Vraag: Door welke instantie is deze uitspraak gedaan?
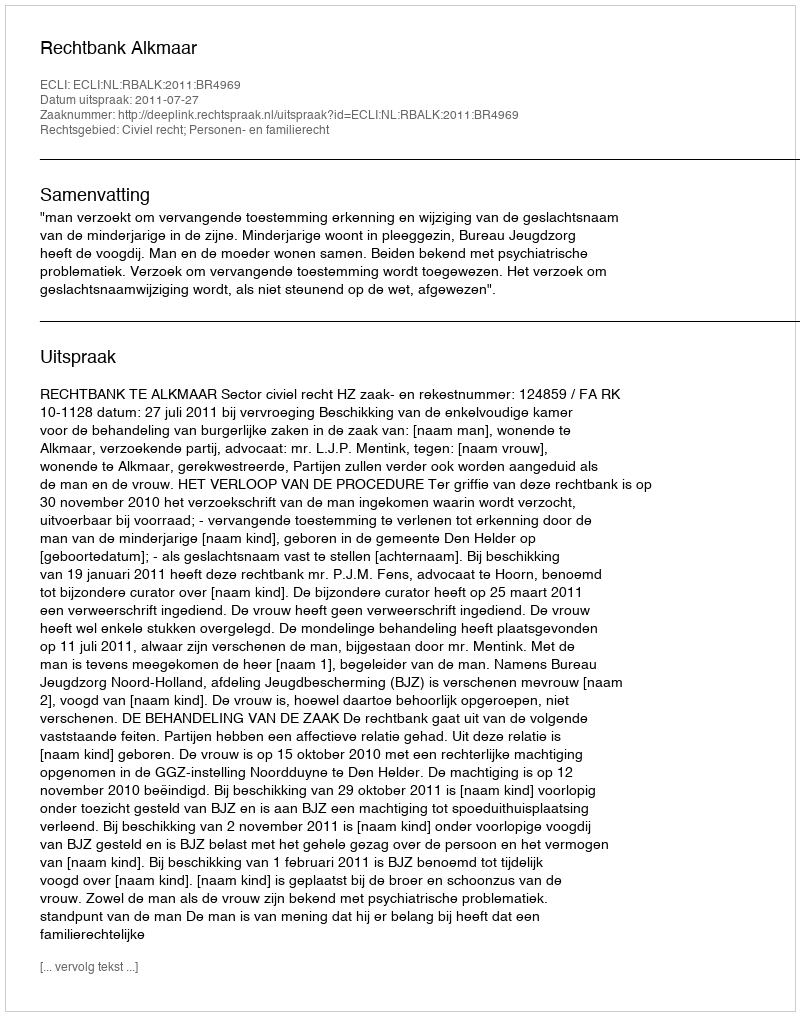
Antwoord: Rechtbank Alkmaar